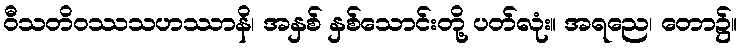
ဝီသတိဝဿသဟဿာနိ၊ အနှစ် နှစ်သောင်းတို့ ပတ်လုံး။ အရညေ၊ တော၌။